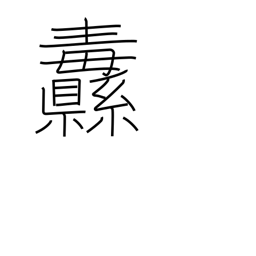
Meaning: banner